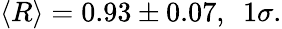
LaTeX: \langle R\rangle=0.93\pm 0.07,\ \ 1\sigma.